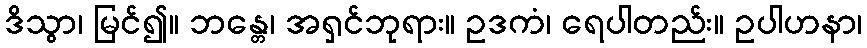
ဒိသွာ၊ မြင်၍။ ဘန္တေ၊ အရှင်ဘုရား။ ဥဒကံ၊ ရေပါတည်း။ ဥပါဟနာ၊